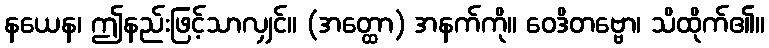
နယေန၊ ဤနည်းဖြင့်သာလျှင်။ (အတ္ထော) အနက်ကို။ ဝေဒိတဗ္ဗော၊ သိထိုက်၏။